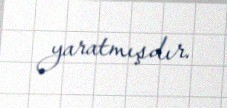
yaratmışdır.